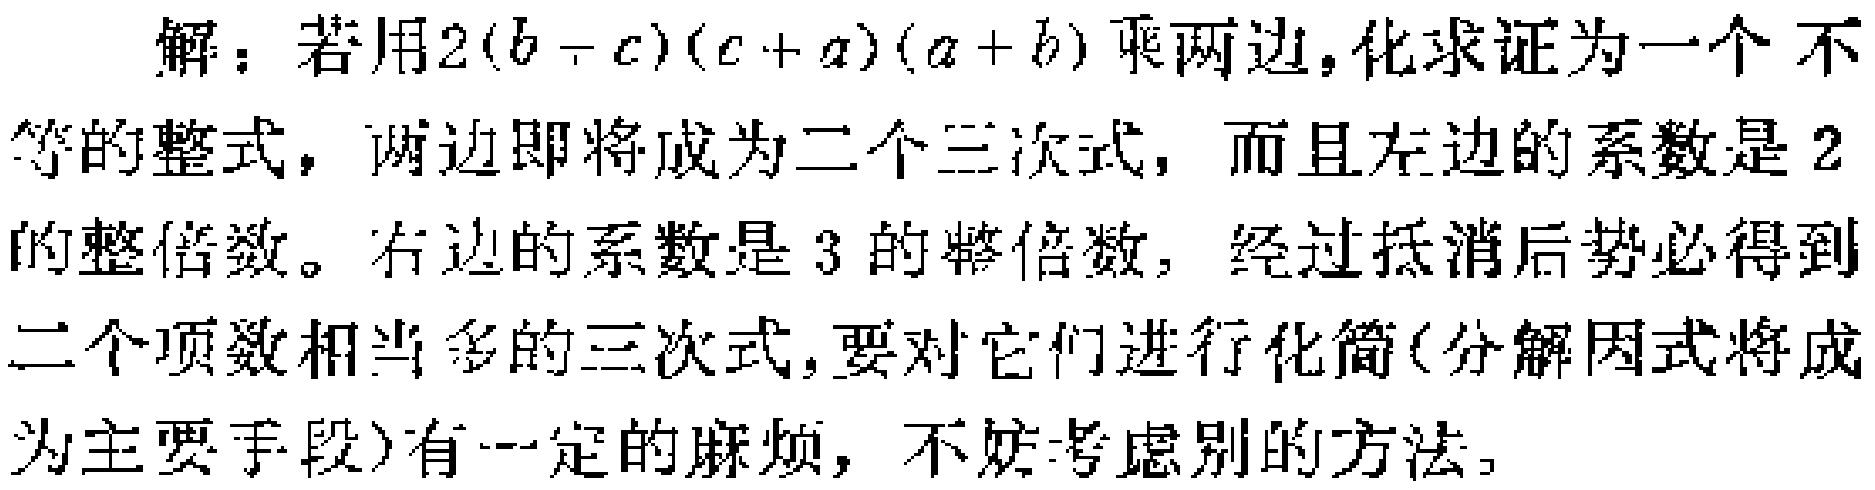
解：若用\(2(b - c)(c + a)(a + b)\)乘两边，化求证为一个不等的整式，两边即将成为二个三次式，而且左边的系数是\(2\)的整倍数。右边的系数是\(3\)的整倍数，经过抵消后势必得到二个项数相当多的三次式，要对它们进行化简(分解因式将成为主要手段)有一定的麻烦，不妨考虑别的方法。